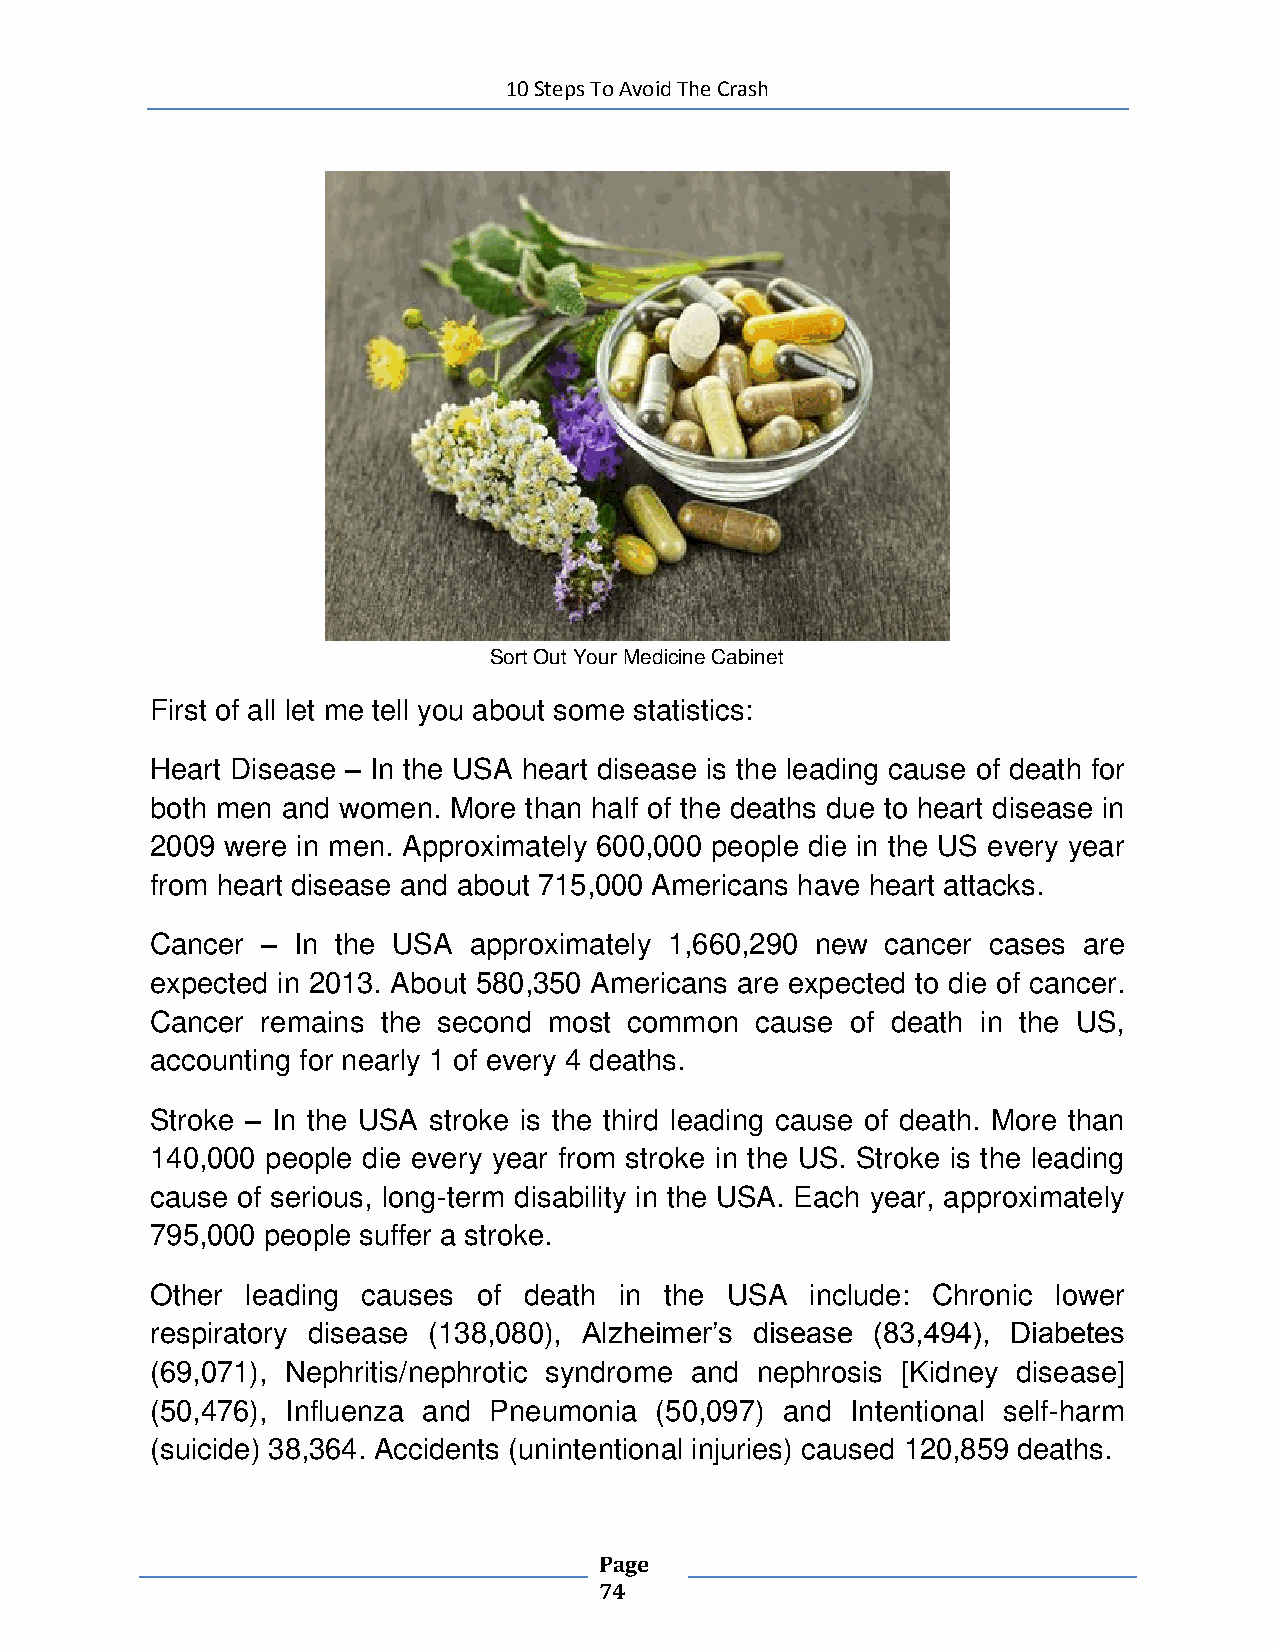
10 Steps To Avoid The Crash
 Sort Out Your Medicine Cabinet
 First of all let me tell you about some statistics:
 Heart Disease – In the USA heart disease is the leading cause of death for
 both men and women. More than half of the deaths due to heart disease in
 2009 were in men. Approximately 600,000 people die in the US every year
 from heart disease and about 715,000 Americans have heart attacks.
 Cancer – In the USA  approximately 1,660,290 new cancer cases are
 expected in 2013. About 580,350 Americans are expected to die of cancer.
 Cancer remains the second most  common  cause of death in the US,
 accounting for nearly 1 of every 4 deaths.
 Stroke – In the USA stroke is the third leading cause of death. More than
 140,000 people die every year from stroke in the US. Stroke is the leading
 cause of serious, long-term disability in the USA. Each year, approximately
 795,000 people suffer a stroke.
 Other leading causes  of death in the USA   include: Chronic lower
 respiratory disease (138,080), Alzheimer’s disease (83,494), Diabetes
 (69,071), Nephritis/nephrotic syndrome and nephrosis [Kidney disease]
 (50,476), Influenza and Pneumonia (50,097) and Intentional self-harm
 (suicide) 38,364. Accidents (unintentional injuries) caused 120,859 deaths.
 Page
 74